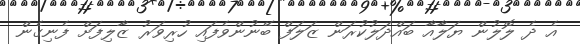
އެ ދެ ލޮލުން ޔަލާއާ ބައްދަލުކުރަން ޒަލަފް ބޭނުންވެފައި ހުރިވަރު ޒާލިފަށް ފެނިގެން